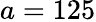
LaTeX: a=125